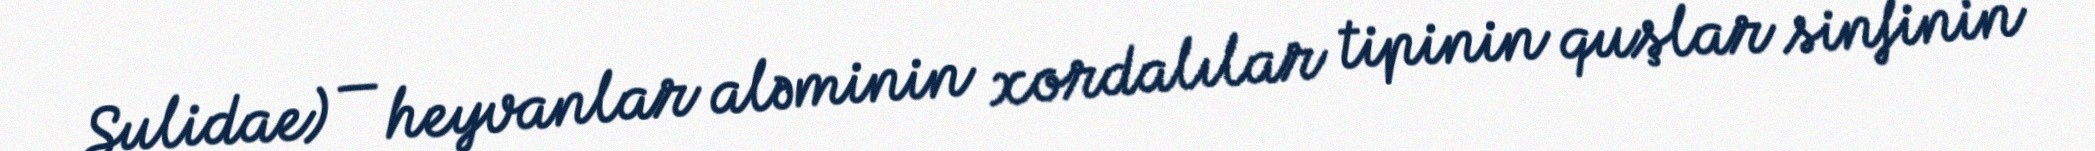
Sulidae) — heyvanlar aləminin xordalılar tipinin quşlar sinfinin